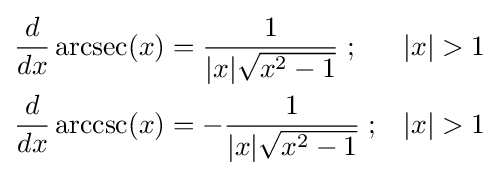
{\begin{aligned}{\frac {d}{dx}}\operatorname {arcsec} (x)&{}={\frac {1}{|x|{\sqrt {x^{2}-1}}}}\;;&|x|>1\\{\frac {d}{dx}}\operatorname {arccsc} (x)&{}=-{\frac {1}{|x|{\sqrt {x^{2}-1}}}}\;;&|x|>1\end{aligned}}